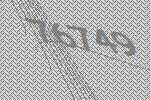
76749